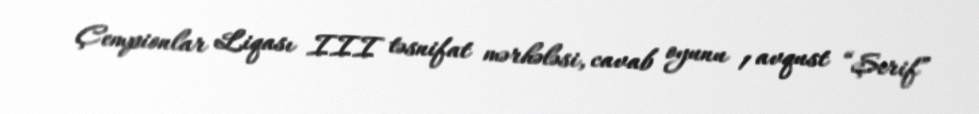
Çempionlar Liqası III təsnifat mərhələsi, cavab oyunu 1 avqust “Şerif”